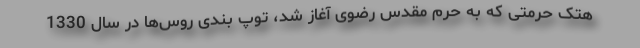
هتک حرمتی که به حرم مقدس رضوی آغاز شد، توپ بندی روس‌ها در سال 1330